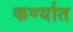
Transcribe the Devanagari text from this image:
कर्ण्यात